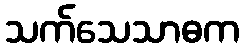
သက်သေသာဓက